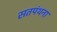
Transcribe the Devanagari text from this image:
सतपंथना